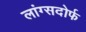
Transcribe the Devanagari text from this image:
लांग्सदोर्फ